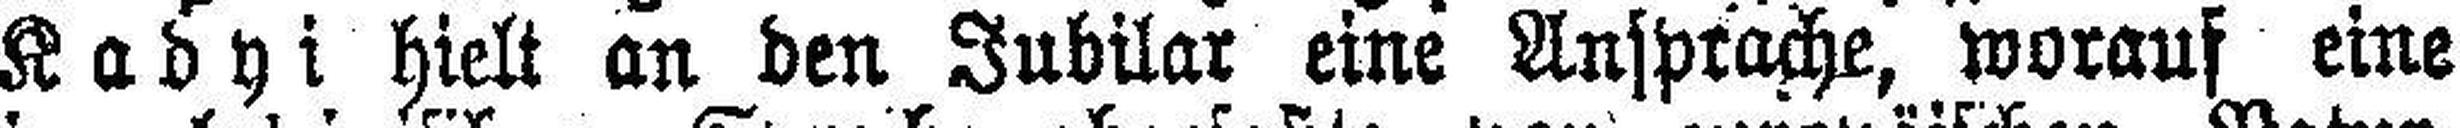
Kadyi hielt an den Jubilar eine Ansprache, worauf eine